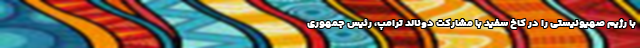
با رژیم صهیونیستی را در کاخ سفید با مشارکت دونالد ترامپ، رئیس جمهوری